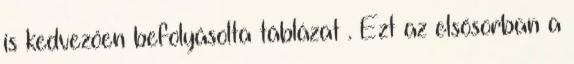
is kedvezően befolyásolta táblázat . Ezt az elsősorban a